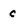
Character: C